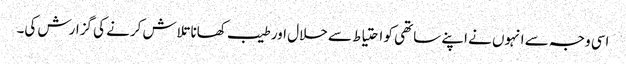
اسی وجہ سے انہوں نے اپنے ساتھی کو احتیاط سے حلال اور طیب کھانا تلاش کرنے کی گزارش کی۔